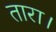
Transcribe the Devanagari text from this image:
तारा।